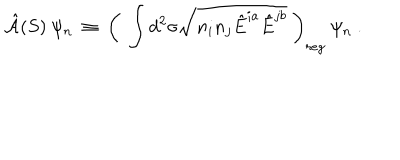
LaTeX: { \hat { \cal A } } ( S ) ~ \psi _ { n } ~ \equiv ~ \left( ~ \int d ^ { 2 } \sigma \sqrt { n _ { i } n _ { j } { \hat { E } } ^ { i a } { \hat { E } } ^ { j b } } ~ \right) _ { r e g } ~ \psi _ { n } ~ .